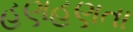
હણહણતા